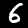
Label: 6